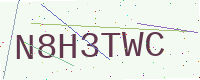
Text: N8H3TWC